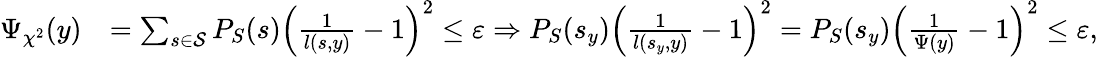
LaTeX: \begin{array}{rl}{\Psi_{\chi^{2}}(y)}&{=\sum_{s\in\mathcal{S}}P_{S}(s)\left(\frac{1}{l(s,y)}-1\right)^{2}\leq{\varepsilon}\Rightarrow P_{S}(s_{y})\left(\frac{1}{l(s_{y},y)}-1\right)^{2}=P_{S}(s_{y})\left(\frac{1}{\Psi(y)}-1\right)^{2}\leq{\varepsilon},}\end{array}